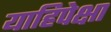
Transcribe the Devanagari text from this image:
याहिपेक्षा